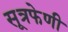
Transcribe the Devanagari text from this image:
सूत्रफेणी